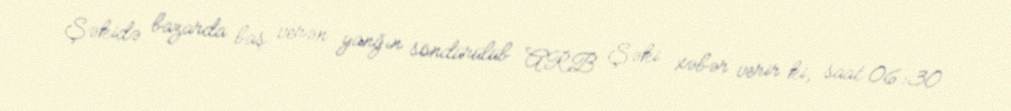
Şəkidə bazarda baş verən yanğın söndürülüb ARB Şəki xəbər verir ki, saat 06:30